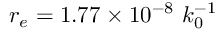
r _ { e } = 1 . 7 7 \times 1 0 ^ { - 8 } \ k _ { 0 } ^ { - 1 }